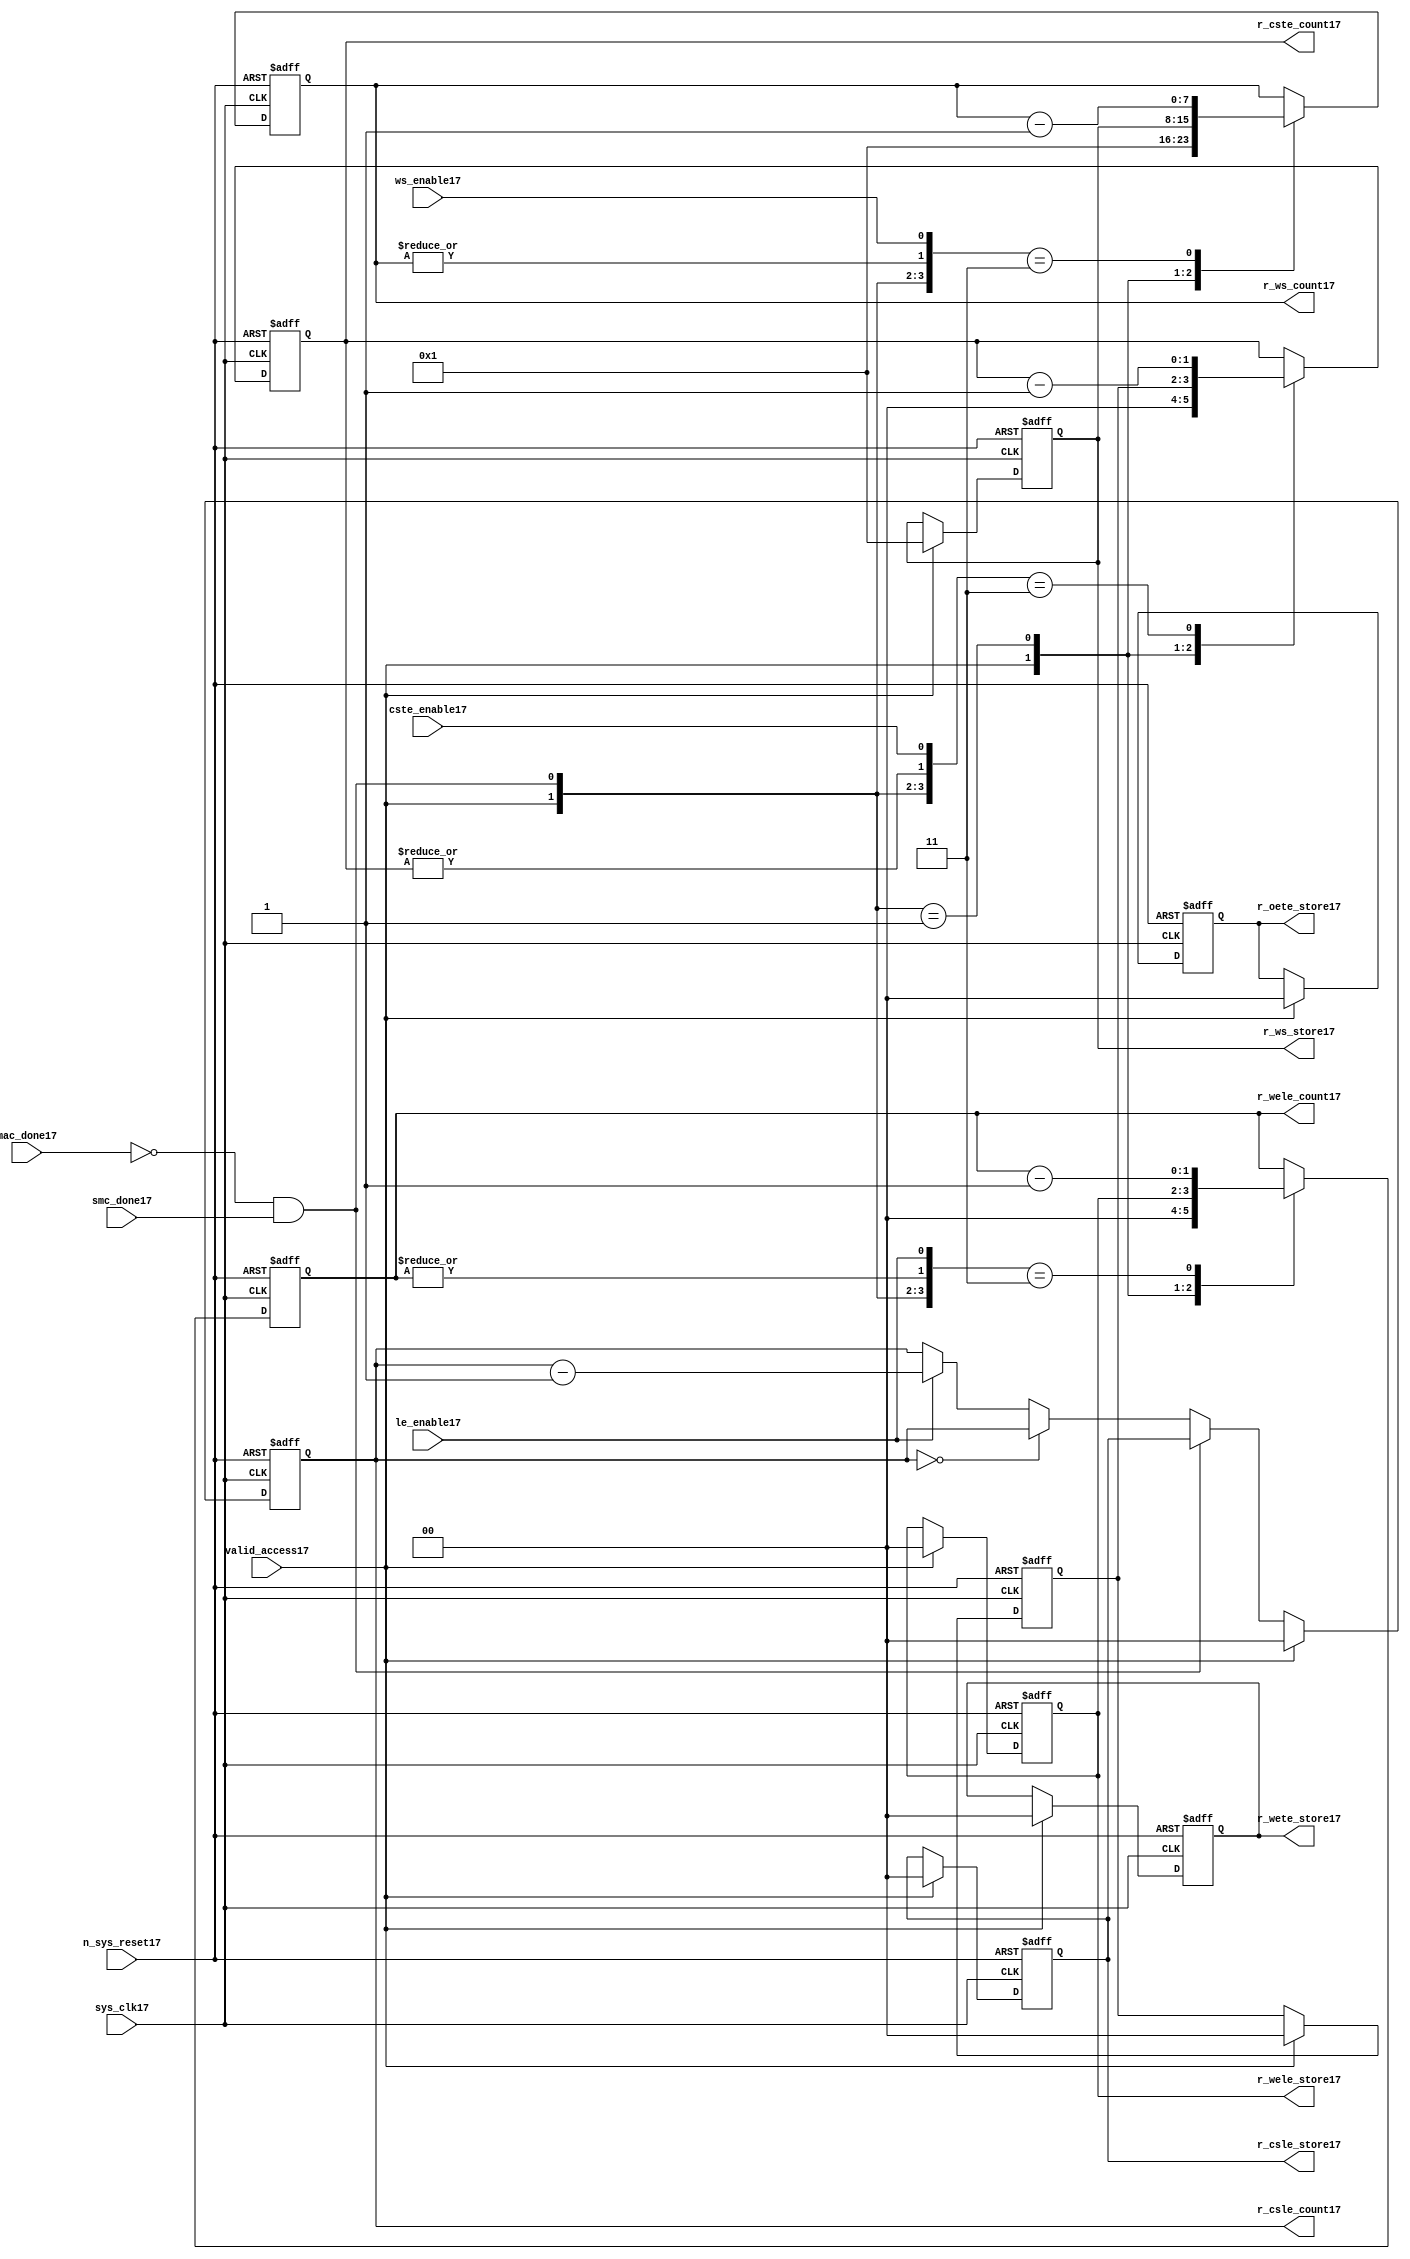
//File17 name   : smc_counter_lite17.v
//Title17       : 
//Created17     : 1999
//Description17 : Counter17 block.
//            : Static17 Memory Controller17.
//            : The counter block provides17 generates17 all cycle timings17
//            : The leading17 edge counts17 are individual17 2bit, loadable17,
//            : counters17. The wait state counter is a count down
//            : counter with a maximum size of 5 bits. The trailing17
//            : edge counts17 are registered for comparison17 with the
//            : wait state counter. The bus float17 (CSTE17) is a
//            : separate17 2bit counter. The initial count values are
//            : stored17 and reloaded17 into the counters17 if multiple
//            : accesses are required17.
//Notes17       : 
//----------------------------------------------------------------------
//   Copyright17 1999-2010 Cadence17 Design17 Systems17, Inc17.
//   All Rights17 Reserved17 Worldwide17
//
//   Licensed17 under the Apache17 License17, Version17 2.0 (the
//   "License17"); you may not use this file except17 in
//   compliance17 with the License17.  You may obtain17 a copy of
//   the License17 at
//
//       http17://www17.apache17.org17/licenses17/LICENSE17-2.0
//
//   Unless17 required17 by applicable17 law17 or agreed17 to in
//   writing, software17 distributed17 under the License17 is
//   distributed17 on an "AS17 IS17" BASIS17, WITHOUT17 WARRANTIES17 OR17
//   CONDITIONS17 OF17 ANY17 KIND17, either17 express17 or implied17.  See
//   the License17 for the specific17 language17 governing17
//   permissions17 and limitations17 under the License17.
//----------------------------------------------------------------------


module smc_counter_lite17  (
                     //inputs17

                     sys_clk17,
                     n_sys_reset17,
                     valid_access17,
                     mac_done17, 
                     smc_done17, 
                     cste_enable17, 
                     ws_enable17,
                     le_enable17, 

                     //outputs17

                     r_csle_count17,
                     r_wele_count17,
                     r_ws_count17,
                     r_ws_store17,
                     r_oete_store17,
                     r_wete_store17,
                     r_wele_store17,
                     r_cste_count17,
                     r_csle_store17);
   

//----------------------------------------------------------------------
// the Wait17 State17 Counter17
//----------------------------------------------------------------------
   
   
   // I17/O17
   
   input     sys_clk17;                  // AHB17 System17 clock17
   input     n_sys_reset17;              // AHB17 System17 reset (Active17 LOW17)
   
   input     valid_access17;             // load17 values are valid if high17
   input     mac_done17;                 // All cycles17 in a multiple access

   //  completed
   
   input                 smc_done17;   // one access completed
   input                 cste_enable17;// Enable17 CS17 Trailing17 Edge17 counter
   input                 ws_enable17;  // Enable17 Wait17 State17 counter
   input                 le_enable17;  // Enable17 all Leading17 Edge17 counters17
   
   // Counter17 outputs17
   
   output [1:0]             r_csle_count17;  //chip17 select17 leading17
                                             //  edge count
   output [1:0]             r_wele_count17;  //write strobe17 leading17 
                                             // edge count
   output [7:0] r_ws_count17;    //wait state count
   output [1:0]             r_cste_count17;  //chip17 select17 trailing17 
                                             // edge count
   
   // Stored17 counts17 for MAC17
   
   output [1:0]             r_oete_store17;  //read strobe17
   output [1:0]             r_wete_store17;  //write strobe17 trailing17 
                                              // edge store17
   output [7:0] r_ws_store17;    //wait state store17
   output [1:0]             r_wele_store17;  //write strobe17 leading17
                                             //  edge store17
   output [1:0]             r_csle_store17;  //chip17 select17  leading17
                                             //  edge store17
   
   
   // Counters17
   
   reg [1:0]             r_csle_count17;  // Chip17 select17 LE17 counter
   reg [1:0]             r_wele_count17;  // Write counter
   reg [7:0] r_ws_count17;    // Wait17 state select17 counter
   reg [1:0]             r_cste_count17;  // Chip17 select17 TE17 counter
   
   
   // These17 strobes17 finish early17 so no counter is required17. 
   // The stored17 value is compared with WS17 counter to determine17 
   // when the strobe17 should end.

   reg [1:0]    r_wete_store17;    // Write strobe17 TE17 end time before CS17
   reg [1:0]    r_oete_store17;    // Read strobe17 TE17 end time before CS17
   
   
   // The following17 four17 regisrers17 are used to store17 the configuration
   // during mulitple17 accesses. The counters17 are reloaded17 from these17
   // registers before each cycle.
   
   reg [1:0]             r_csle_store17;    // Chip17 select17 LE17 store17
   reg [1:0]             r_wele_store17;    // Write strobe17 LE17 store17
   reg [7:0] r_ws_store17;      // Wait17 state store17
   reg [1:0]             r_cste_store17;    // Chip17 Select17 TE17 delay
                                          //  (Bus17 float17 time)

   // wires17 used for meeting17 coding17 standards17
   
   wire         ws_count17;      //ORed17 r_ws_count17
   wire         wele_count17;    //ORed17 r_wele_count17
   wire         cste_count17;    //ORed17 r_cste_count17
   wire         mac_smc_done17;  //ANDed17 smc_done17 and not(mac_done17)
   wire [4:0]   case_cste17;     //concatenated17 signals17 for case statement17
   wire [4:0]   case_wele17;     //concatenated17 signals17 for case statement17
   wire [4:0]   case_ws17;       //concatenated17 signals17 for case statement17
   
   
   
   // Main17 Code17
   
//----------------------------------------------------------------------
// Counters17 (& Count17 Store17 for MAC17)
//----------------------------------------------------------------------


//----------------------------------------------------------------------
// WETE17 Store17
//----------------------------------------------------------------------

always @(posedge sys_clk17 or negedge n_sys_reset17)

begin   

   if (~(n_sys_reset17))
     
      r_wete_store17 <= 2'b00;
   
   
   else if (valid_access17)
     
      r_wete_store17 <= 2'b0;
   
   else
     
      r_wete_store17 <= r_wete_store17;

end
   
//----------------------------------------------------------------------
// OETE17 Store17
//----------------------------------------------------------------------

always @(posedge sys_clk17 or negedge n_sys_reset17)

begin   

   if (~(n_sys_reset17))
     
      r_oete_store17 <= 2'b00;
   
   
   else if (valid_access17)
     
      r_oete_store17 <= 2'b0;
   
   else

      r_oete_store17 <= r_oete_store17;

end
   
//----------------------------------------------------------------------
// CSLE17 Store17
//----------------------------------------------------------------------

always @(posedge sys_clk17 or negedge n_sys_reset17)

begin   

   if (~(n_sys_reset17))
     
      r_csle_store17 <= 2'b00;
   
   
   else if (valid_access17)
     
      r_csle_store17 <= 2'b00;
   
   else
     
      r_csle_store17 <= r_csle_store17;

end
   
//----------------------------------------------------------------------
// CSLE17 Counter17
//----------------------------------------------------------------------

always @(posedge sys_clk17 or negedge n_sys_reset17)

begin   

   if (~(n_sys_reset17))
     
      r_csle_count17 <= 2'b00;
   
   
   else
   begin
        
      if (valid_access17)
        
         r_csle_count17 <= 2'b00;
      
      else if (~(mac_done17) & smc_done17)
        
         r_csle_count17 <= r_csle_store17;
      
      else if (r_csle_count17 == 2'b00)
        
         r_csle_count17 <= r_csle_count17;
      
      else if (le_enable17)               
        
         r_csle_count17 <= r_csle_count17 - 2'd1;
      
      else
        
          r_csle_count17 <= r_csle_count17;
      
     end

end
   
   
//----------------------------------------------------------------------
// CSTE17 Store17
//----------------------------------------------------------------------

always @(posedge sys_clk17 or negedge n_sys_reset17)

begin   

   if (~(n_sys_reset17))

      r_cste_store17 <= 2'b00;

   else if (valid_access17)

      r_cste_store17 <= 2'b0;

   else

      r_cste_store17 <= r_cste_store17;

end
   
   
   
//----------------------------------------------------------------------
//concatenation17 of signals17 to avoid using nested17 ifs17
//----------------------------------------------------------------------

 assign mac_smc_done17 = (~(mac_done17) & smc_done17);
 assign cste_count17   = (|r_cste_count17);           //checks17 for count = 0
 assign case_cste17   = {1'b0,valid_access17,mac_smc_done17,cste_count17,
                       cste_enable17};
   
//----------------------------------------------------------------------
//CSTE17 COUNTER17
//----------------------------------------------------------------------

always @(posedge sys_clk17 or negedge n_sys_reset17)

begin   

   if (~(n_sys_reset17))

      r_cste_count17 <= 2'b00;

   else 
   begin
      casex(case_cste17)
           
        5'b1xxxx:        r_cste_count17 <= r_cste_count17;

        5'b01xxx:        r_cste_count17 <= 2'b0;

        5'b001xx:        r_cste_count17 <= r_cste_store17;

        5'b0000x:        r_cste_count17 <= r_cste_count17;

        5'b00011:        r_cste_count17 <= r_cste_count17 - 2'd1;

        default :        r_cste_count17 <= r_cste_count17;

      endcase // casex(w_cste_case17)
      
   end
   
end

//----------------------------------------------------------------------
// WELE17 Store17
//----------------------------------------------------------------------

always @(posedge sys_clk17 or negedge n_sys_reset17)

begin   

   if (~(n_sys_reset17))

      r_wele_store17 <= 2'b00;


   else if (valid_access17)

      r_wele_store17 <= 2'b00;

   else

      r_wele_store17 <= r_wele_store17;

end
   
   
   
//----------------------------------------------------------------------
//concatenation17 of signals17 to avoid using nested17 ifs17
//----------------------------------------------------------------------
   
   assign wele_count17   = (|r_wele_count17);         //checks17 for count = 0
   assign case_wele17   = {1'b0,valid_access17,mac_smc_done17,wele_count17,
                         le_enable17};
   
//----------------------------------------------------------------------
// WELE17 Counter17
//----------------------------------------------------------------------

always @(posedge sys_clk17 or negedge n_sys_reset17)

begin   
   if (~(n_sys_reset17))

      r_wele_count17 <= 2'b00;

   else
   begin

      casex(case_wele17)

        5'b1xxxx :  r_wele_count17 <= r_wele_count17;

        5'b01xxx :  r_wele_count17 <= 2'b00;

        5'b001xx :  r_wele_count17 <= r_wele_store17;

        5'b0000x :  r_wele_count17 <= r_wele_count17;

        5'b00011 :  r_wele_count17 <= r_wele_count17 - (2'd1);

        default  :  r_wele_count17 <= r_wele_count17;

      endcase // casex(case_wele17)

   end

end
   
//----------------------------------------------------------------------
// WS17 Store17
//----------------------------------------------------------------------

always @(posedge sys_clk17 or negedge n_sys_reset17)
  
begin   

   if (~(n_sys_reset17))

      r_ws_store17 <= 8'd0;


   else if (valid_access17)

      r_ws_store17 <= 8'h01;

   else

      r_ws_store17 <= r_ws_store17;

end
   
   
   
//----------------------------------------------------------------------
//concatenation17 of signals17 to avoid using nested17 ifs17
//----------------------------------------------------------------------
   
   assign ws_count17   = (|r_ws_count17); //checks17 for count = 0
   assign case_ws17   = {1'b0,valid_access17,mac_smc_done17,ws_count17,
                       ws_enable17};
   
//----------------------------------------------------------------------
// WS17 Counter17
//----------------------------------------------------------------------

always @(posedge sys_clk17 or negedge n_sys_reset17)

begin   

   if (~(n_sys_reset17))

      r_ws_count17 <= 8'd0;

   else  
   begin
   
      casex(case_ws17)
 
         5'b1xxxx :  
            r_ws_count17 <= r_ws_count17;
        
         5'b01xxx :
            r_ws_count17 <= 8'h01;
        
         5'b001xx :  
            r_ws_count17 <= r_ws_store17;
        
         5'b0000x :  
            r_ws_count17 <= r_ws_count17;
        
         5'b00011 :  
            r_ws_count17 <= r_ws_count17 - 8'd1;
        
         default  :  
            r_ws_count17 <= r_ws_count17;

      endcase // casex(case_ws17)
      
   end
   
end  
   
   
endmodule